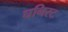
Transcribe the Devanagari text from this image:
घनिस्ट